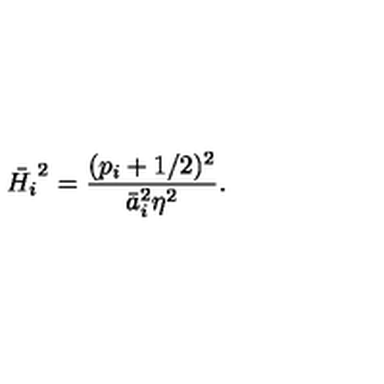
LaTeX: \bar { H _ { i } } ^ { 2 } = \frac { ( p _ { i } + 1 / 2 ) ^ { 2 } } { \bar { a } _ { i } ^ { 2 } \eta ^ { 2 } } .